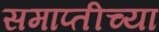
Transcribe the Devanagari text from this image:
समाप्‍तीच्या